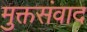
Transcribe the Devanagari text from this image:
मुक्तसंवाद